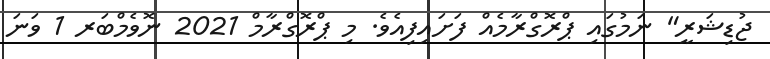
ޖުޑިޝަރީ" ނަމުގައި ޕްރޮގްރާމެއް ފަށައިފިއެވެ. މި ޕްރޮގްރާމް 2021 ނޮވެމްބަރ 1 ވަނަ